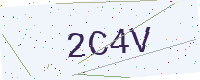
Text: 2C4V